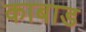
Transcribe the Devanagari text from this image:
काबाड